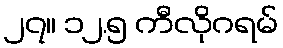
၂၇။ ၁၂.၅ ကီလိုဂရမ်